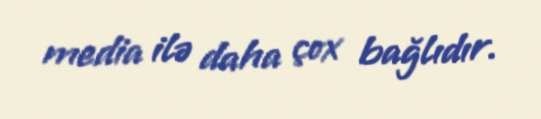
media ilə daha çox bağlıdır.